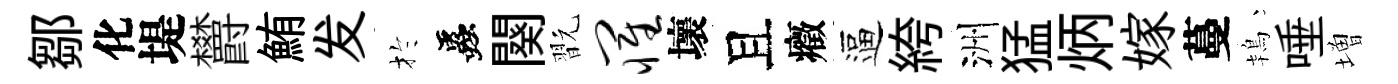
鄒化堤欝鮪发扵蟲闋翫罹壞且癥逼絝洲猛炳嫁蔓鴇唾増